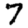
Digit: 7